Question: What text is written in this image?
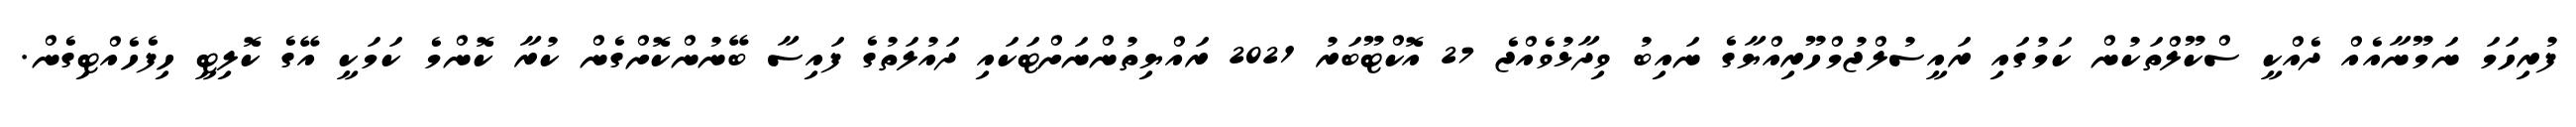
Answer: ފުރިހަމަ ނަމޫނާއެއް ދެއްކީ ސްކޫލްތަކުން ކަމުގައި ރައީސުލްޖުމްހޫރިއްޔާގެ ނައިބު ވިދާޅުވެއްޖެ 27 އޮކްޓޫބަރު 2021 ރައްޔިތުންނަށްޓަކައި ދައުލަތުގެ ފައިސާ ބޭނުންކޮށްގެން ކުރާ ކޮންމެ ކަމަކީ އޭގެ ކޮލިޓީ ހިފެހެއްޓިގެން.